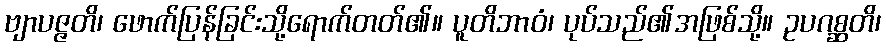
ဗျာပဇ္ဇတိ၊ ဖောက်ပြန်ခြင်းသို့ရောက်တတ်၏။ ပူတိဘာဝံ၊ ပုပ်သည်၏အဖြစ်သို့။ ဥပဂစ္ဆတိ၊